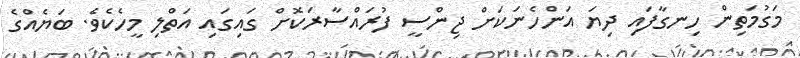
މަގުމަތިން ހިނގާފައި ދިޔަ އަންހެނަކަށް ޖިންސީ ފުރައްސާރަކޮށް ގައިގައި އަތްލި މީހެކެވެ. ބަޔެއްގެ